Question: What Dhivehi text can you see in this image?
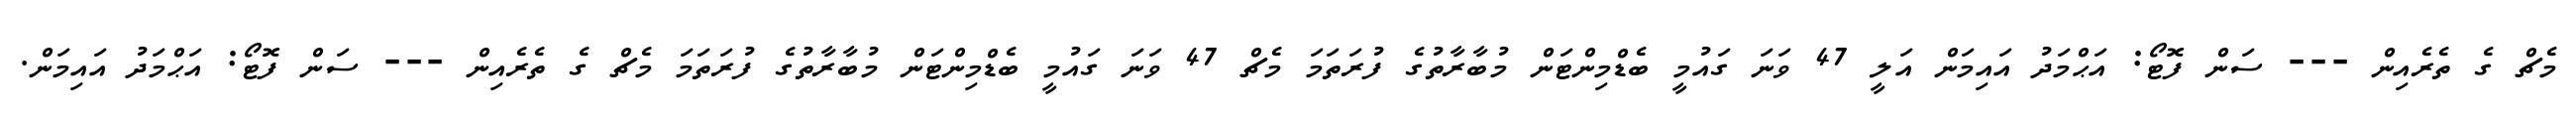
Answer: މެޗް ގެ ތެރެއިން --- ސަން ފޮޓޯ: އަޙްމަދު އައިމަން އަލީ 47 ވަނަ ގައުމީ ބެޑްމިންޓަން މުބާރާތުގެ ފުރަތަމަ މެޗް 47 ވަނަ ގައުމީ ބެޑްމިންޓަން މުބާރާތުގެ ފުރަތަމަ މެޗް ގެ ތެރެއިން --- ސަން ފޮޓޯ: އަޙްމަދު އައިމަން.